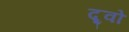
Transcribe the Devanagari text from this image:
द्र्वो